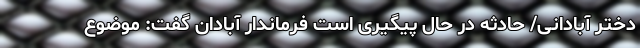
دختر آبادانی/ حادثه در حال پیگیری است فرماندار آبادان گفت: موضوع